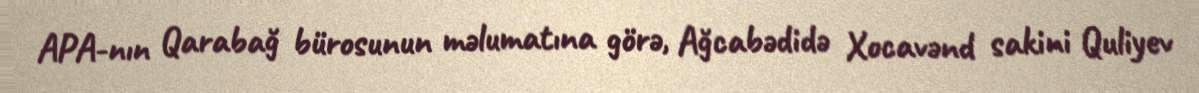
APA-nın Qarabağ bürosunun məlumatına görə, Ağcabədidə Xocavənd sakini Quliyev